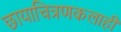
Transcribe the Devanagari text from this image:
छायाचित्रणकलाही